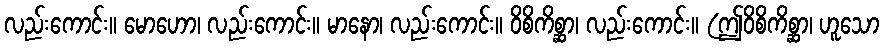
လည်းကောင်း။ မောဟော၊ လည်းကောင်း။ မာနော၊ လည်းကောင်း။ ဝိစိကိစ္ဆာ၊ လည်းကောင်း။ (ဤဝိစိကိစ္ဆာ၊ ဟူသော